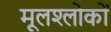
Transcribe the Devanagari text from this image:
मूलश्लोकों